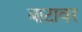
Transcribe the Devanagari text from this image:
बाटावर